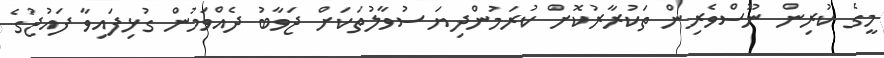
މީގެ ކުރިން ނޫސްވެރިން ތަކުރާރުކޮށް ކުރަމުންދިޔަ ސުވާލުތަކަށް ޖަވާބު ދެއްވަމުން ގުޅިފައިވާ ފައުޖުގެ